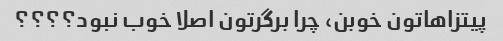
پیتزاهاتون خوبن، چرا برگرتون اصلا خوب نبود؟؟؟؟